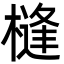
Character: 槰